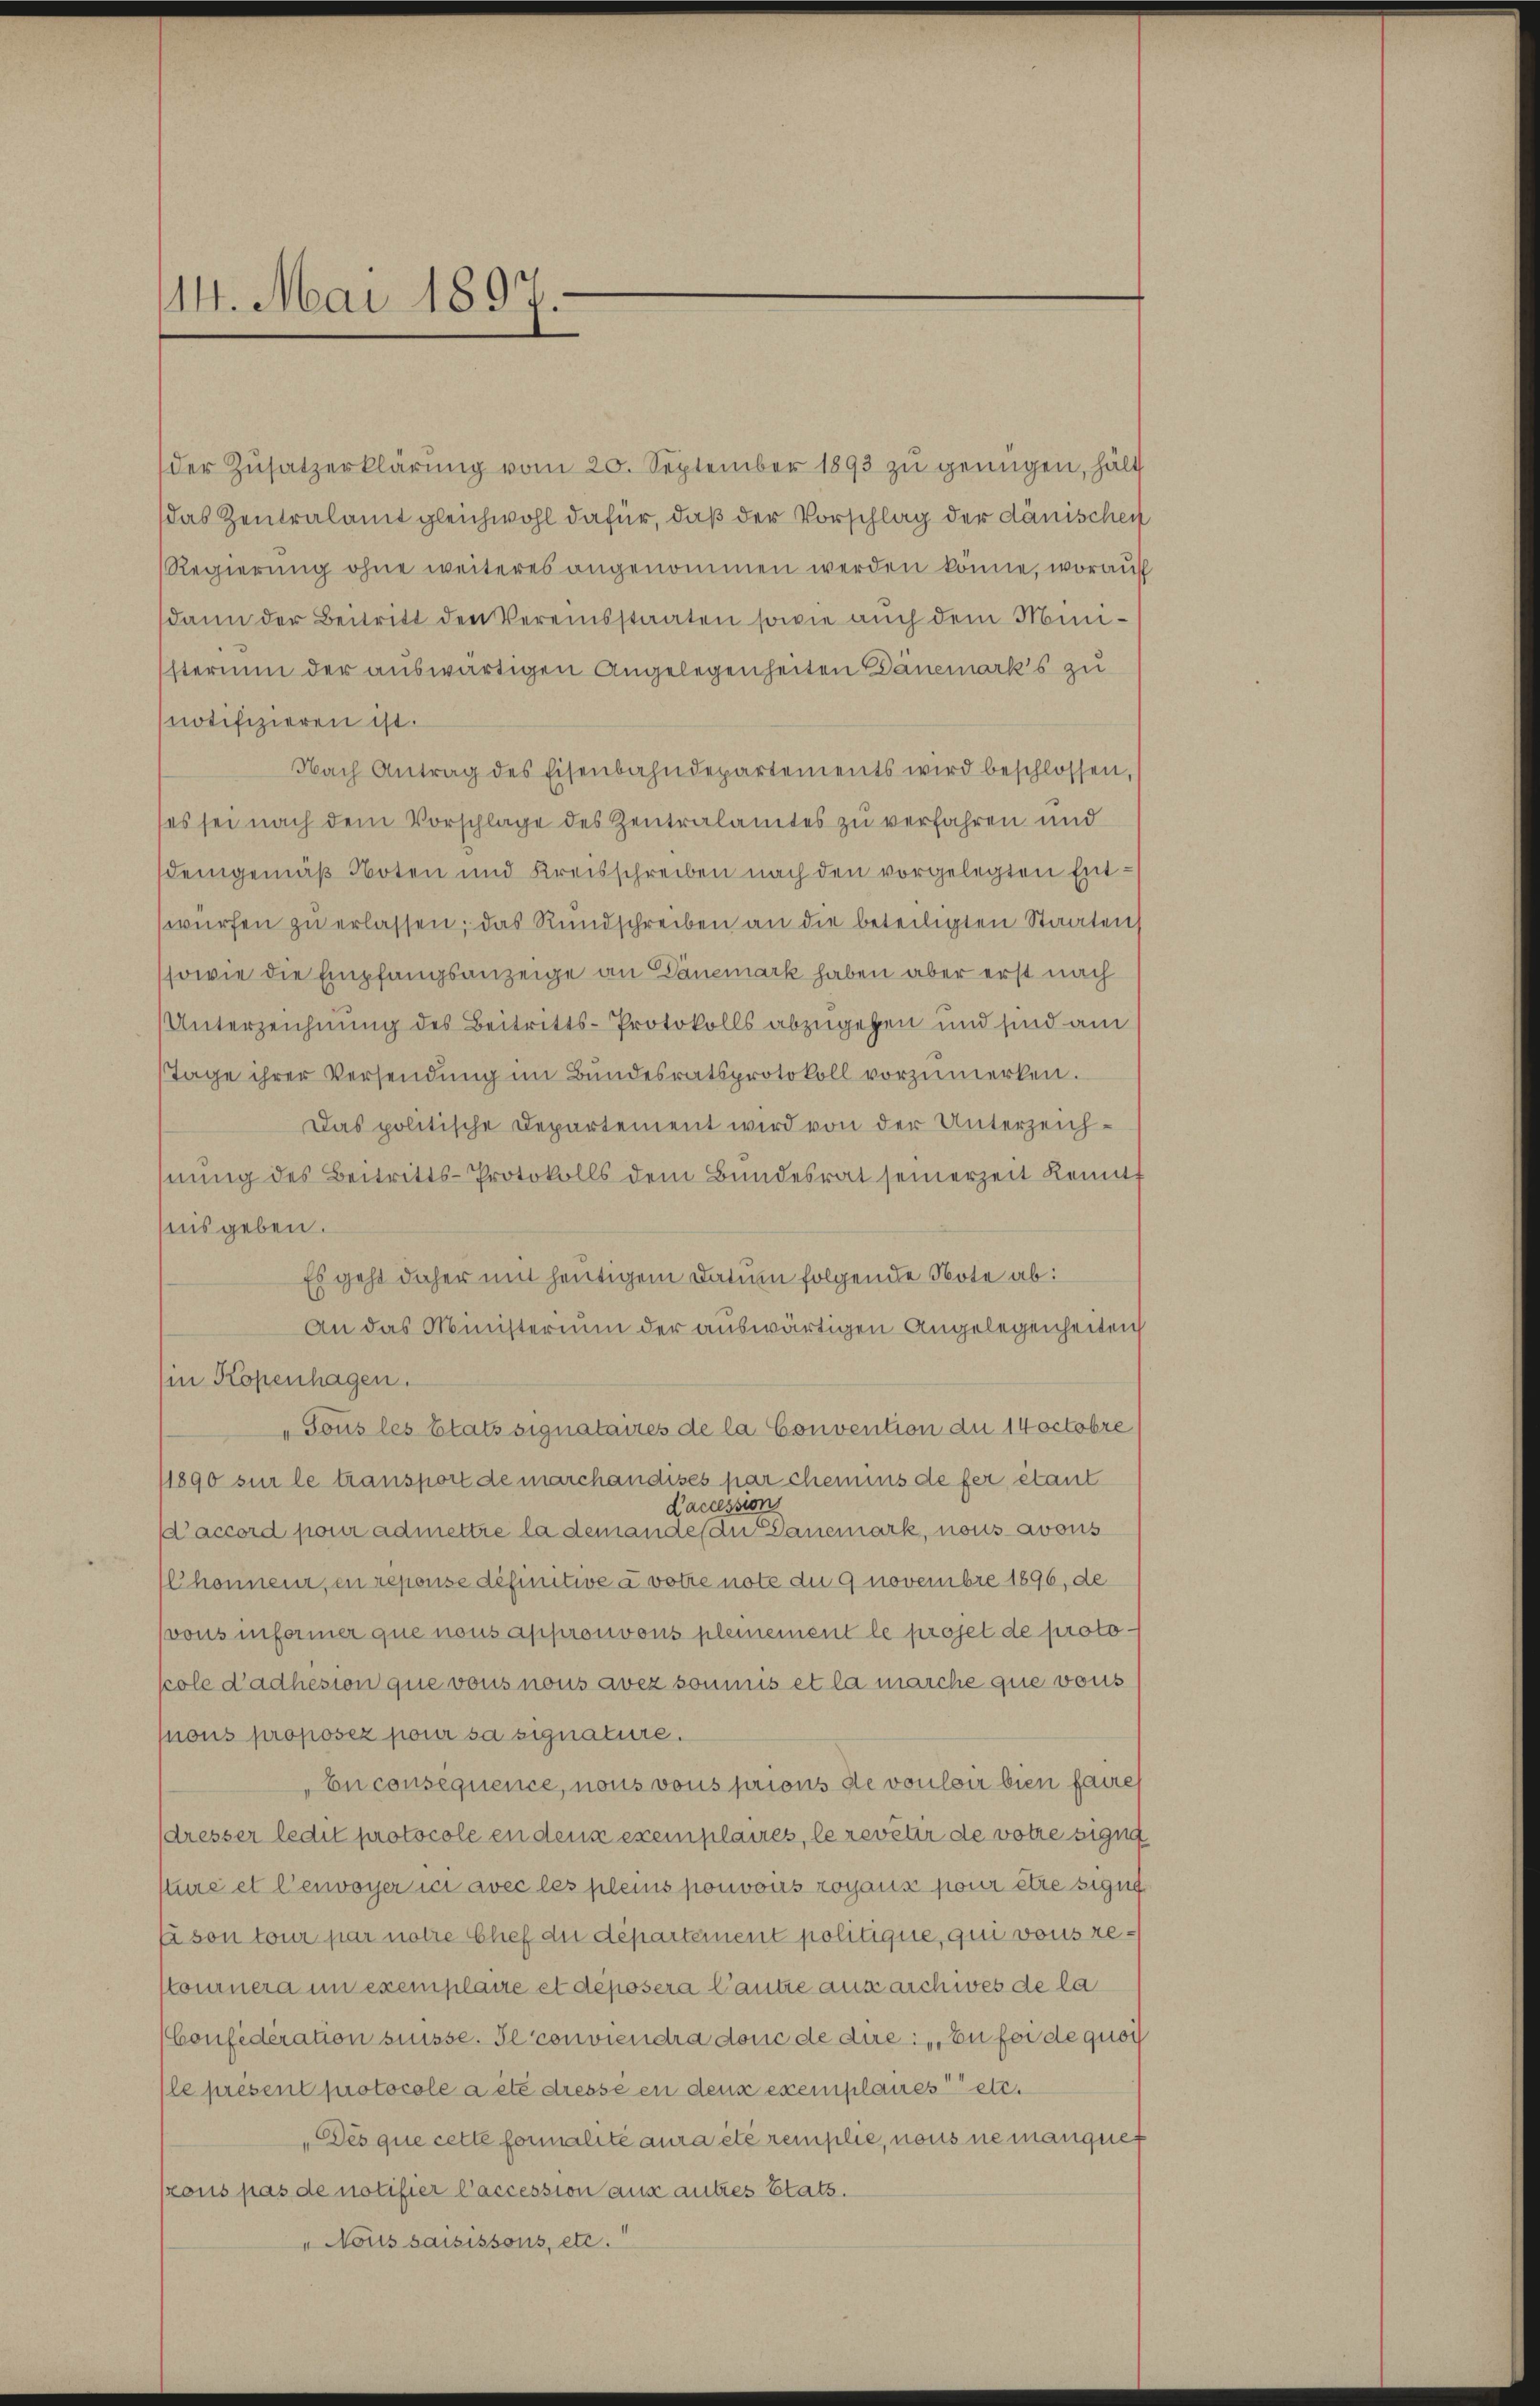
114. Mai 1897.

der Zusatzerklärung vom 20. September 1893 zu genügen, hält
das Zentralamt gleichwohl dafür, daß der Vorschlag der dänischen
Regierŭng ohne weiteres angenommen werden könne, worauf
dann der Beitritt den Vereinsstaaten sowie auch dem Münsterium der auswärtigen Angelegenheiten Dänemarks zu
notifizieren ist.
Nach Antrag des Eisenbahndepartements wird beschlossen,
ses sei nach dem Vorschlage des Zentralamtes zu verfahren und
Demgemäß Noten und Kreisschreiben nach den vorgelegten Entwürfen zŭ erlassen, das Rundschreiben an die beteiligten Staaten
sowie die Empfangsanzeige an Dänemark haben aber erst nach
Unterzeichnung des Beitritts-Protokolls abzugeben und sind am
Tage ihrer Versendŭng im Bundesratsprotokoll vorzumerken.
Das politische Departement wird von der Unterzeichhnung des Beitritts-Protokolls dem Bundesrat seinerzeit konnt
nis geben.
Es geht daher mit heutigem Datum folgende Note ab:
An das Ministerium der auswärtigen Angelegenheiten
in Kopenhagen.
"Sous les Etats signataires de la Convention du 14octobre
/1890 sur le transport de marchandises par chemins de fer, etant
Daccession
Daccord pour admettre la demande du Danemark, nous avous
Chonneur, ein repouse définitive à votire note du 9 novembre 1896, de
vons informer que nous approuvons plemement le projet de protopole d’adhesion que vous nous avez soumis et la marche que vous
nous proposez pour sa signature.
En consequence, nous vous prions de vouloir bien faires
sdresser ledit protocole en denn exemplaires, le revêtir de votire signa
sture et l’envoyer ich avec les pleins pouvoirs zoyaux pour être sigun
lison tour par notre Chef du département politique, qui vons re¬
Ktournera in exemplaire et déposera Cautre aus archwes de la
Confederation suisse. Se conviendra donc de die Eifer de quoc
(le présent protocole a été dresse en dens exemplanes etc.
„Dès que cette formalité aura été remplie, nous nemanquet
kous pas de notifier l’accession aus autres Etats.
" Nous saisissons, etc.